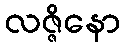
လဇ္ဇိနော